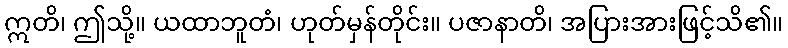
ဣတိ၊ ဤသို့။ ယထာဘူတံ၊ ဟုတ်မှန်တိုင်း။ ပဇာနာတိ၊ အပြားအားဖြင့်သိ၏။